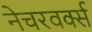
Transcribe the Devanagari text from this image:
नेचरवर्क्स